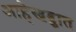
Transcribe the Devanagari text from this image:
आहेखड्कात